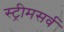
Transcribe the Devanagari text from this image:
स्ट्रीमसर्व